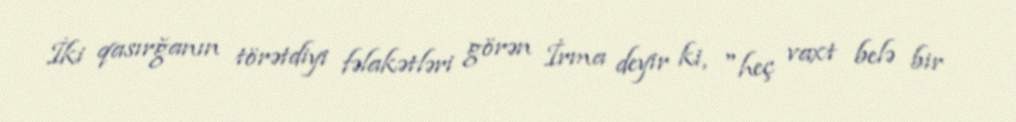
İki qasırğanın törətdiyi fəlakətləri görən İrma deyir ki, "heç vaxt belə bir